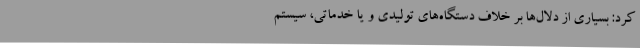
کرد: بسیاری از دلال‌ها بر خلاف دستگاه‌های تولیدی و یا خدماتی، سیستم